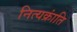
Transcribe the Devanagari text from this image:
नित्यक्रांति